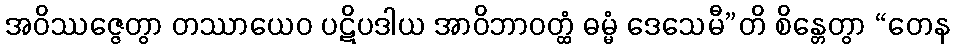
အဝိဿဇ္ဇေတွာ တဿာယေဝ ပဋိပဒါယ အာဝိဘာဝတ္ထံ ဓမ္မံ ဒေသေမီ”တိ စိန္တေတွာ “တေန